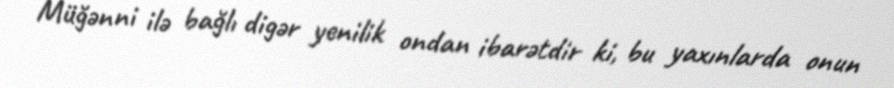
Müğənni ilə bağlı digər yenilik ondan ibarətdir ki, bu yaxınlarda onun